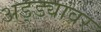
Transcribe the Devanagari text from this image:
अड्ड्यांवर